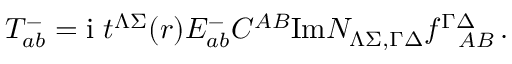
T _ { a b } ^ { - } = \mathrm { i } \ t ^ { \Lambda \Sigma } ( r ) E _ { a b } ^ { - } C ^ { A B } \mathrm { I m } { \cal N } _ { \Lambda \Sigma , \Gamma \Delta } f _ { ~ ~ A B } ^ { \Gamma \Delta } \, .